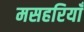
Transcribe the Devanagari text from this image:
मसहरियाँ